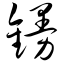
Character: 镘